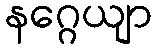
နဂ္ဂေယျာ